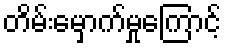
တိမ်းမှောက်မှုကြောင့်